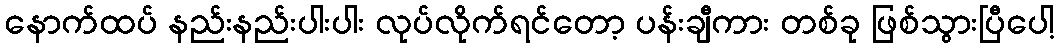
နောက်ထပ် နည်းနည်းပါးပါး လုပ်လိုက်ရင်တော့ ပန်းချီကား တစ်ခု ဖြစ်သွားပြီပေါ့